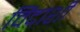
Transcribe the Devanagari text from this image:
विंदाशी